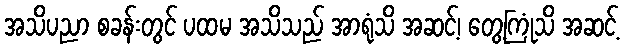
အသိပညာ စခန်းတွင် ပထမ အသိသည် အာရုံသိ အဆင့်၊ တွေ့ကြုံသိ အဆင့်